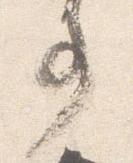
事